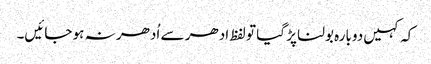
کہ کہیں دوبارہ بولنا پڑ گیا تو لفظ ادھر سے اُدھر نہ ہو جائیں۔